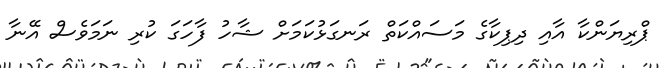
ޕްރިޔަންކާ އާއި ދިޕިކާގެ މަސައްކަތް ރަނގަޅުކަމަށް ޝާހު ފާހަގަ ކުރި ނަމަވެސް އޭނާ